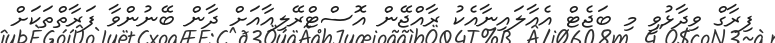
ފިރާގް ވިދާޅުވީ މި ބަޖެޓް އެއާލައިނާއެކު ރާއްޖޭން އޮސްޓްރޭލިއާއަށް ދާން ބޭނުންވާ ފަރާތްތަކަށް